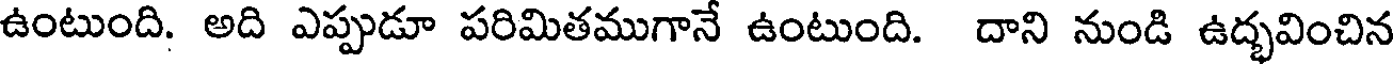
ఉంటుంది. అది ఎప్పుడూ పరిమితముగానే ఉంటుంది. దాని నుండి ఉద్భవించిన